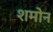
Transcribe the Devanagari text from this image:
शमोन